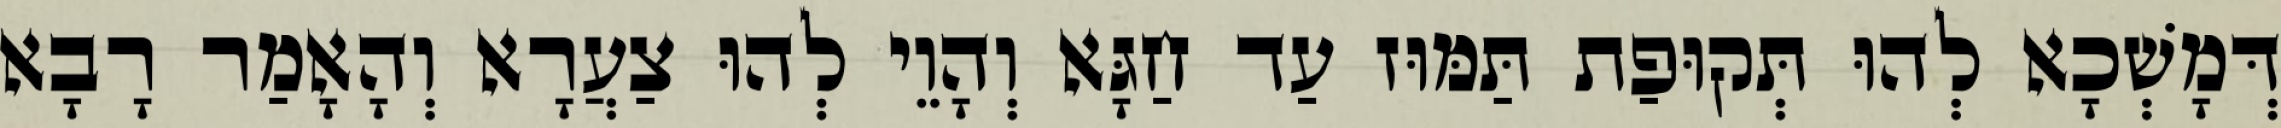
דְּמָשְׁכָא לְהוּ תְּקוּפַת תַּמּוּז עַד חַגָּא וְהָוֵי לְהוּ צַעֲרָא וְהָאָמַר רָבָא